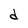
Character: d